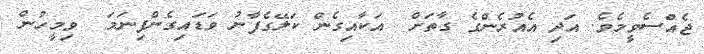
ޖެއްސެވީމެވެ. އަދި އެއުރެންގެ ގާތަށް  އަކާއިގެން ކަލޭގެފާނު ވަޑައިގެންފިނަމަ  ވިމީހުން